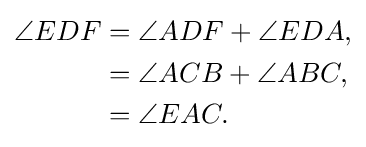
{\begin{aligned}\angle EDF&=\angle ADF+\angle EDA,\\&=\angle ACB+\angle ABC,\\&=\angle EAC.\end{aligned}}